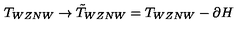
T _ { W Z N W } \rightarrow \tilde { T } _ { W Z N W } = T _ { W Z N W } - \partial H